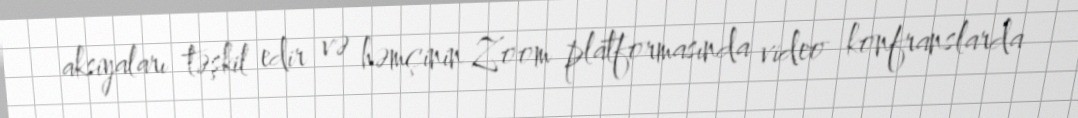
aksiyaları təşkil edir və həmçinin Zoom platformasında video konfranslarda